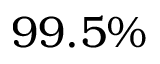
9 9 . 5 \%